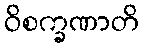
ဝိစက္ခဏာတိ